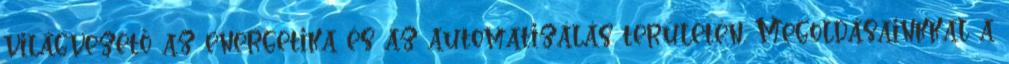
világvezető az energetika és az automatizálás területén. Megoldásainkkal a